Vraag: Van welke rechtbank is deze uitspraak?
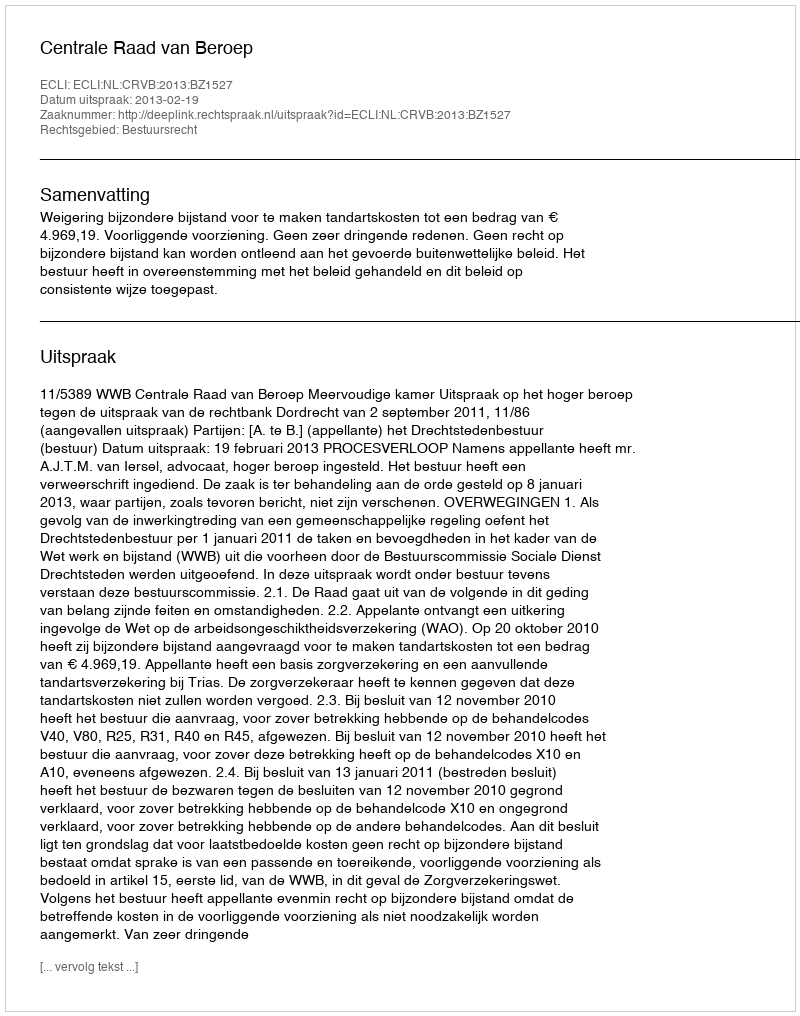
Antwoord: Centrale Raad van Beroep